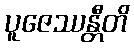
ပူဇေဿန္တီတိ